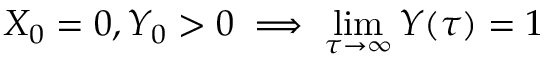
X _ { 0 } = 0 , Y _ { 0 } > 0 \implies \operatorname* { l i m } _ { \tau \to \infty } Y ( \tau ) = 1